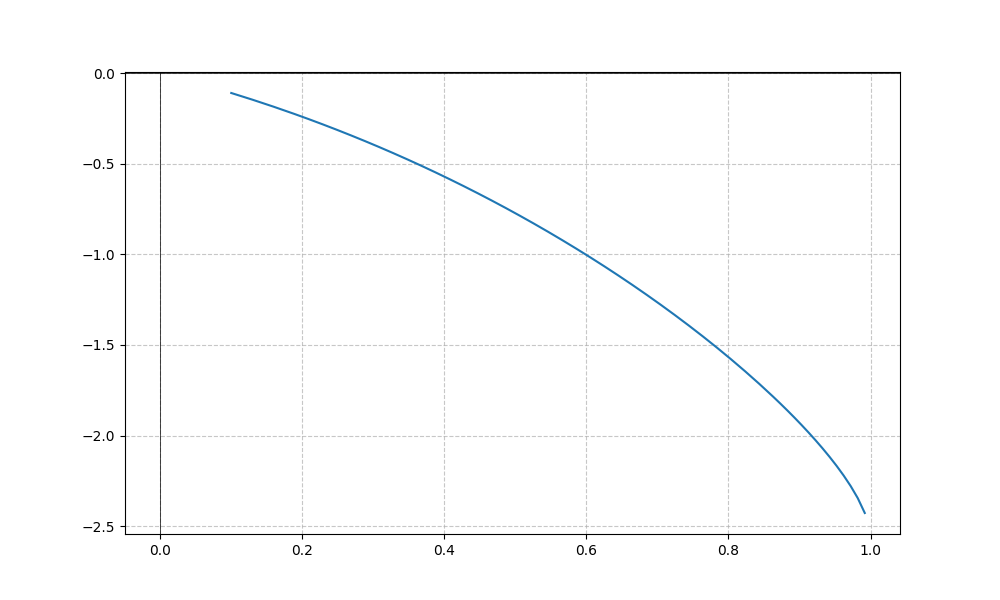
LaTeX formula: - x^{2} - \operatorname{asin}{\left(x \right)}